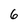
Character: 6